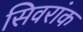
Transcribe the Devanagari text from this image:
सिवरांक